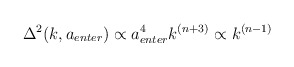
\begin{align*}\Delta^2(k,a_{enter})\propto a_{enter}^4 k^{(n+3)}\propto k^{(n-1)}\end{align*}